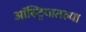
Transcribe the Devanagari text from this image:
ऑस्ट्रियातल्या